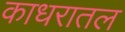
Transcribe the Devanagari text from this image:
काधरातल